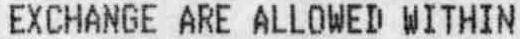
EXCHANGE ARE ALLOWED WITHIN